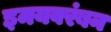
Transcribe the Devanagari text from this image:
इमयवरंबन